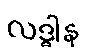
လဒ္ဓါန